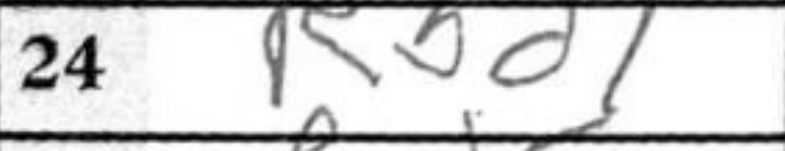
Transcription: Rbd1